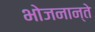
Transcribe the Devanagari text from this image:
भोजनान्ते